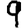
Digit: 9